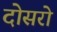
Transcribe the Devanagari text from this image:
दोसरो